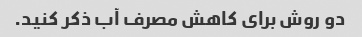
دو روش برای کاهش مصرف آب ذکر کنید.